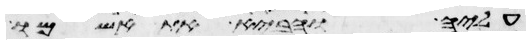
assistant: עליה והביא את אשמו